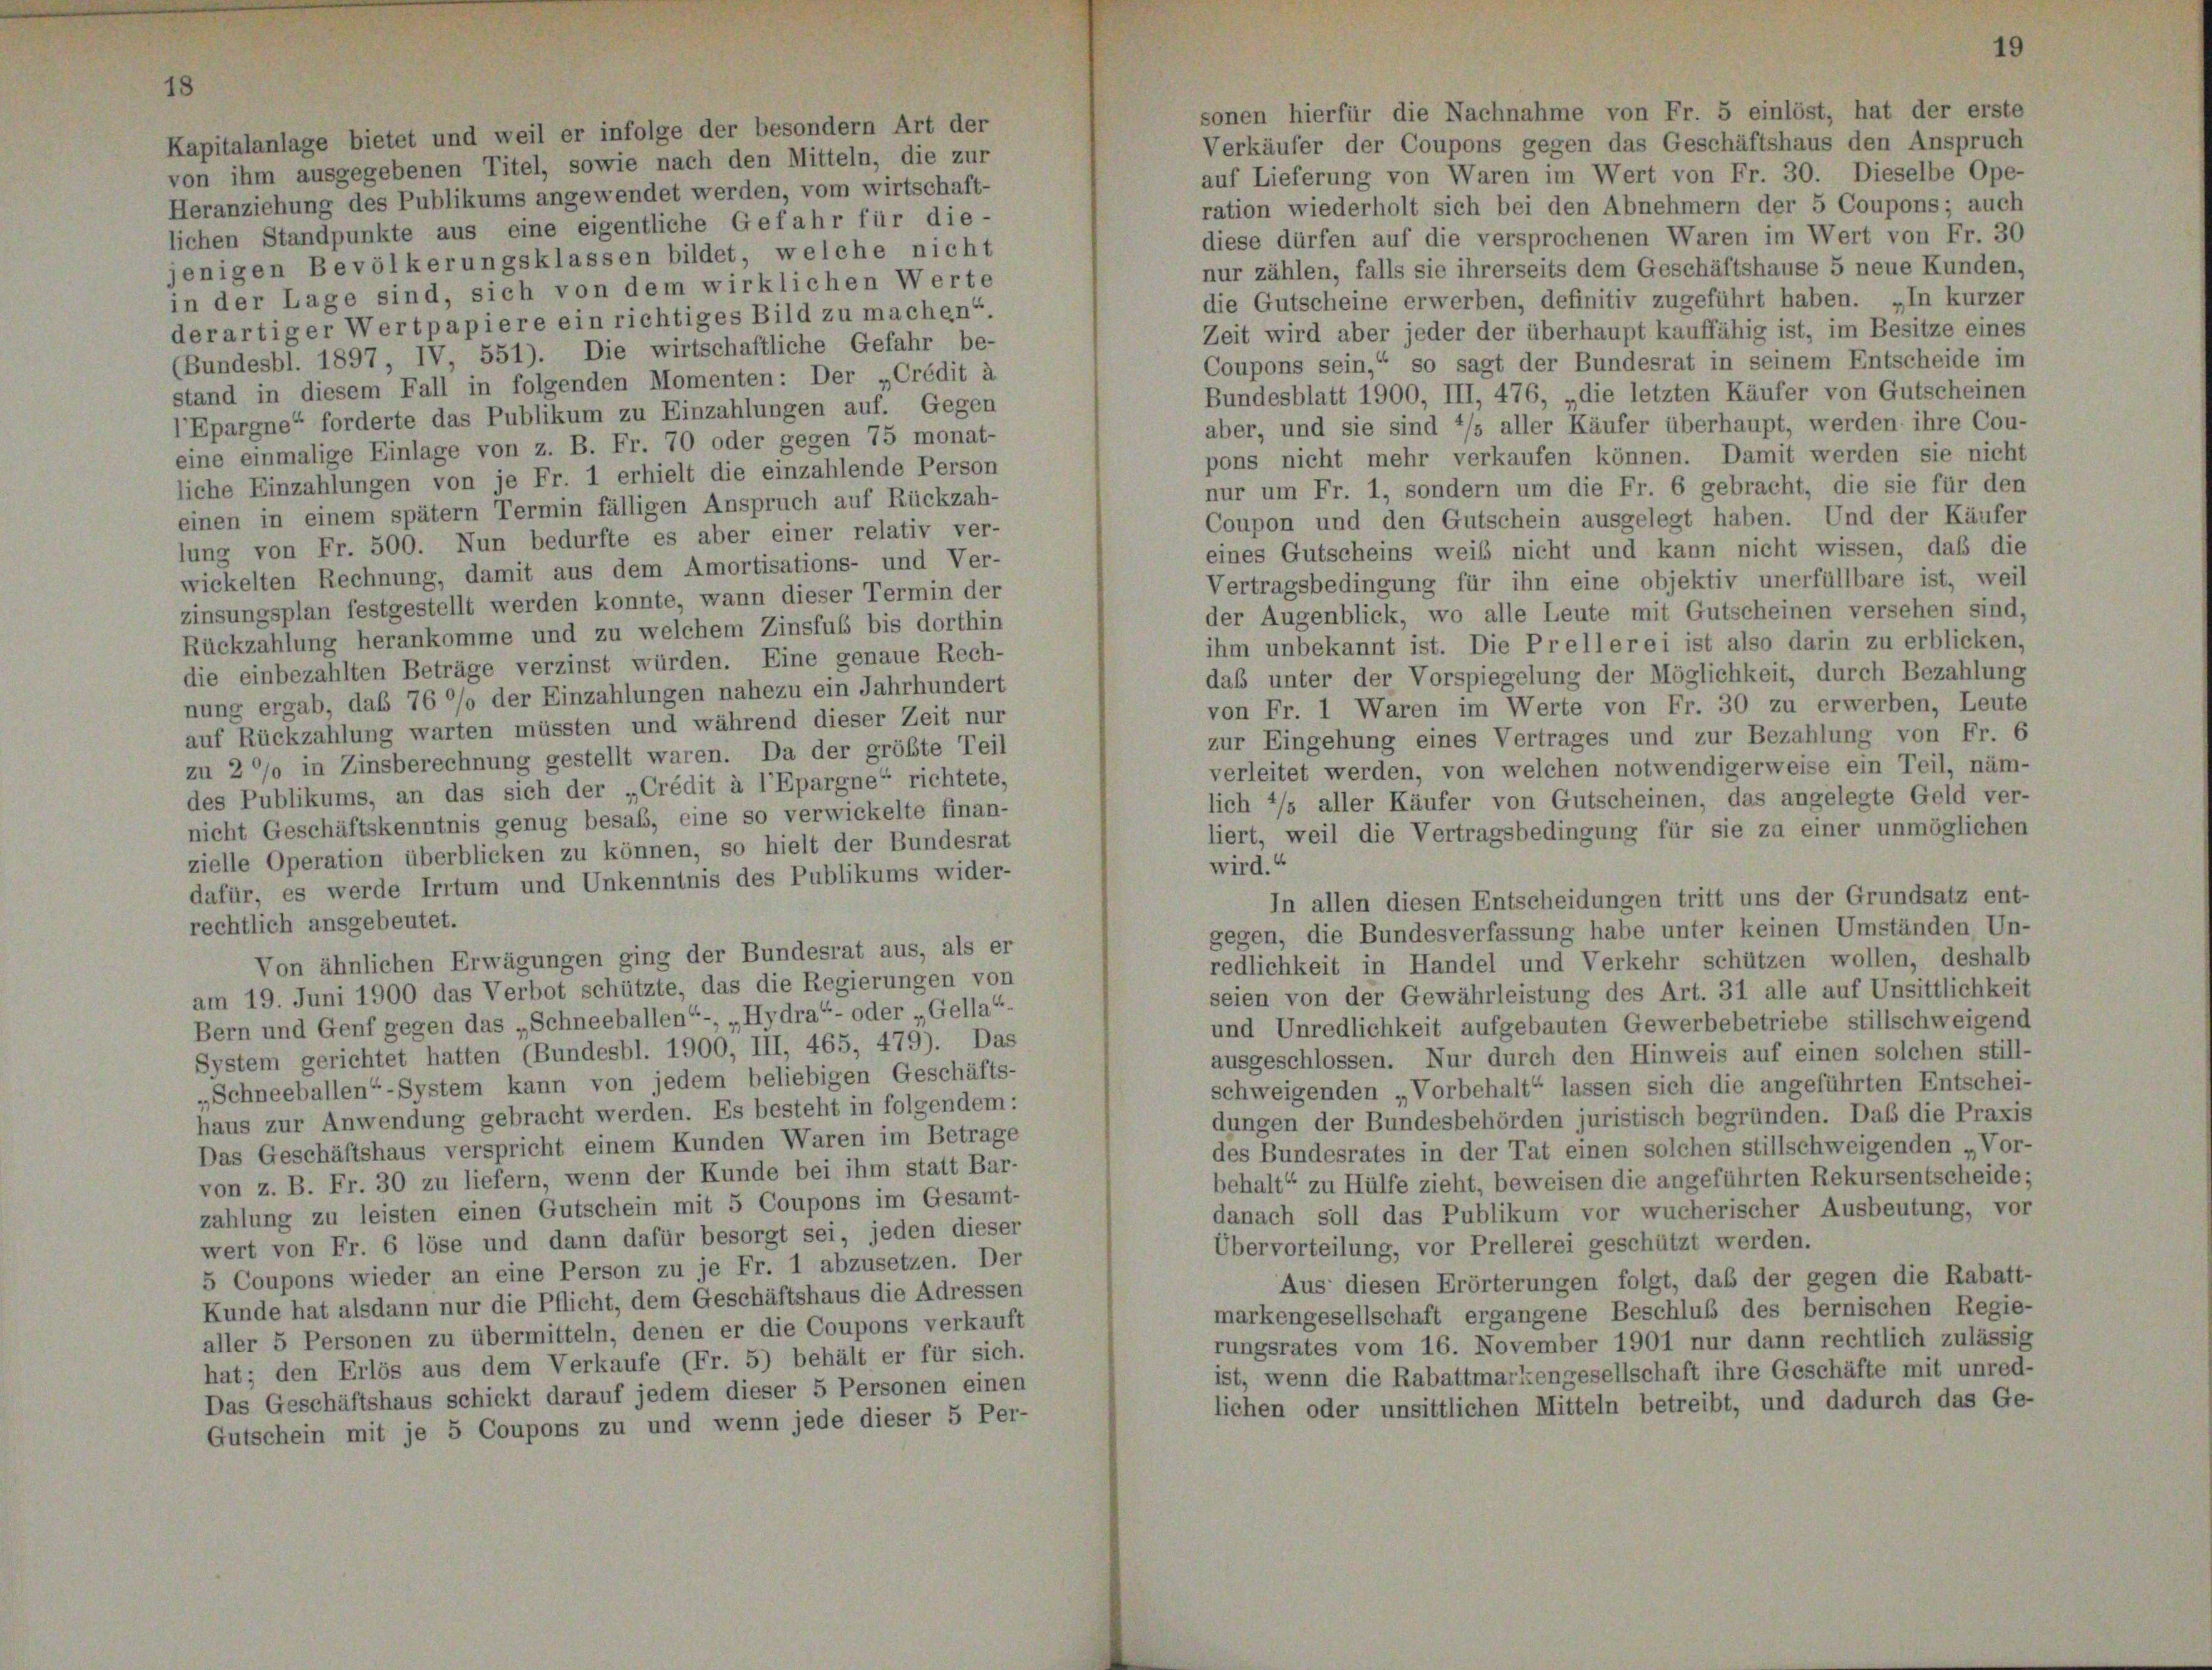
Kapitalanlage bietet und weil er infolge der besondern Art der
von ihm ausgegebenen Titel, sowie nach den Mitteln, die zur
Heranziehung des Publikums angewendet werden, vom wirtschaft-
lichen Standpunkte aus eine eigentliche Gefahr für die-
jenigen Bevölkerungsklassen bildet, welche nicht
in der Lage sind, sich von dem wirklichen Werte
derartiger Wertpapiere ein richtiges Bild zu machen“.
(Bundesbl. 1897 IV 551). Die wirtschaftliche Gefahr be-
stand in diesem Fall in folgenden Momenten: Der „Crédit à
l’Epargne“ forderte das Publikum zu Einzahlungen auf. Gegen
eine einmalige Einlage von z. B. Fr. 70 oder gegen 75 monat-
liche Einzahlungen von je Fr. 1 erhielt die einzahlende Person
einen in einem spätem Termin fälligen Anspruch auf Rückzah-
lung von Fr. 500. Nun bedurfte es aber einer relativ ver-
wickelten Rechnung, damit aus dem Amortisations- und Ver-
zinsungsplan festgestellt werden konnte, wann dieser Termin der
Rückzahlung herankomme und zu welchem Zinsfuß bis dorthin
die einbezahlten Beträge verzinst würden. Eine genaue Rech-
nung ergab, das 76 °/o der Einzahlungen nahezu ein Jahrhundert
auf Rückzahlung warten müssten und während dieser Zeit nur
zu 2 % in Zinsberechnung gestellt waren. Da der größte Teil
des Publikums, an das sich der „Crédit à l’Epargne“ richtete,
nicht Geschäftskenntnis genug besab, eine so verwickelte finan-
zielle Operation überblicken zu können, so hielt der Bundesrat
dafür, es werde Irrtum und Unkenntnis des Publikums wider-
rechtlich ansgebeutet.

sonen hierfür die Nachnahme von Fr. 5 einlöst, hat der erste
Verkäufer der Coupons gegen das Geschäftshaus den Anspruch
auf Lieferung von Waren im Wert von Fr. 30. Dieselbe Ope-
ration wiederholt sich bei den Abnehmern der 5 Coupons; auch
diese dürfen auf die versprochenen Waren im Wert von Fr. 30
nur zählen, falls sie ihrerseits dem Geschäftshause 5 neue Kunden,
die Gutscheine erwerben, definitiv zugeführt haben. „In kurzer
Zeit wird aber jeder der überhaupt kauffähig ist, im Besitze eines
Coupons sein,“ so sagt der Bundesrat in seinem Entscheide im
Bundesblatt 1900, III, 476, „die letzten Käufer von Gutscheinen
aber, und sie sind */s aller Käufer überhaupt, werden ihre Cou-
pons nicht mehr verkaufen können. Damit werden sie nicht
nur um Fr. 1, sondern um die Fr. 6 gebracht, die sie für den
Coupon und den Gutschein ausgelegt haben. Und der Käufer
eines Gutscheins weiß nicht und kann nicht wissen, daß die
Vertragsbedingung für ihn eine objektiv unerfüllbare ist, weil
der Augenblick, wo alle Leute mit Gutscheinen versehen sind,
ihm unbekannt ist. Die Prellerei ist also darin zu erblicken,
das unter der Vorspiegelung der Möglichkeit, durch Bezahlung
von Fr. 1 Waren im Werte von Fr. 30 zu erwerben, Leute
zur Eingehung eines Vertrages und zur Bezahlung von Fr. 6
verleitet werden, von welchen notwendigerweise ein Teil, näm-
lich 2/s aller Käufer von Gutscheinen, das angelegte Geld ver-
liert, weil die Vertragsbedingung für sie zu einer unmöglichen
wird.“
In allen diesen Entscheidungen tritt uns der Grundsatz ent-
gegen, die Bundesverfassung habe unter keinen Umständen, Un-
Von ähnlichen Erwägungen ging der Bundesrat aus, als er
redlichkeit in Handel und Verkehr schützen wollen, deshalb
am 19. Juni 1900 das Verbot schützte, das die Regierungen von
seien von der Gewährleistung des Art. 31 alle auf Unsittlichkeit
Bern und Genf gegen das „Schneeballen“, „Hydra“- oder Gella“-
und Unredlichkeit aufgebauten Gewerbebetriebe stillschweigend
System gerichtet hatten (Bundesbl. 1900, III, 465, 479). Das
ausgeschlossen. Nur durch den Hinweis auf einen solchen still-
„Schneeballen“- System kann von jedem beliebigen Geschäfts-
schweigenden „Vorbehalt“ lassen sich die angeführten Entschei-
haus zur Anwendung gebracht werden. Es besteht in folgendem:
dungen der Bundesbehörden juristisch begründen. Das die Praxis
Das Geschäftshaus verspricht einem Kunden Waren im Betrage
des Bundesrates in der Tat einen solchen stillschweigenden „Vor-
von z. B. Fr. 30 zu liefern, wenn der Kunde bei ihm statt Bar-
behalt“ zu Hülfe zieht, beweisen die angeführten Rekursentscheide;
zahlung zu leisten einen Gutschein mit 5 Coupons im Gesamt-
danach soll das Publikum vor wucherischer Ausbeutung, vor
wert von Fr. 6 löse und dann dafür besorgt sei, jeden dieser
Übervorteilung, vor Prellerei geschützt werden.
5 Coupons wieder an eine Person zu je Fr. 1 abzusetzen. Der
Aus diesen Erörterungen folgt, daß der gegen die Rabatt-
Kunde hat alsdann nur die Pflicht, dem Geschäftshaus die Adressen
markengesellschaft ergangene Beschluß des bernischen Regie-
aller 5 Personen zu übermitteln, denen er die Coupons verkauft
rungsrates vom 16. November 1901 nur dann rechtlich zulässig
hat; den Erlös aus dem Verkaufe (Fr. 5) behält er für sich.
ist, wenn die Rabattmarkengesellschaft ihre Geschäfte mit unred-
Das Geschäftshaus schickt darauf jedem dieser 5 Personen einen
lichen oder unsittlichen Mitteln betreibt, und dadurch das Ge-
Gutschein mit je 5 Coupons zu und wenn jede dieser 5 Per-